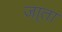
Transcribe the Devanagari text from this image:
जा्ता